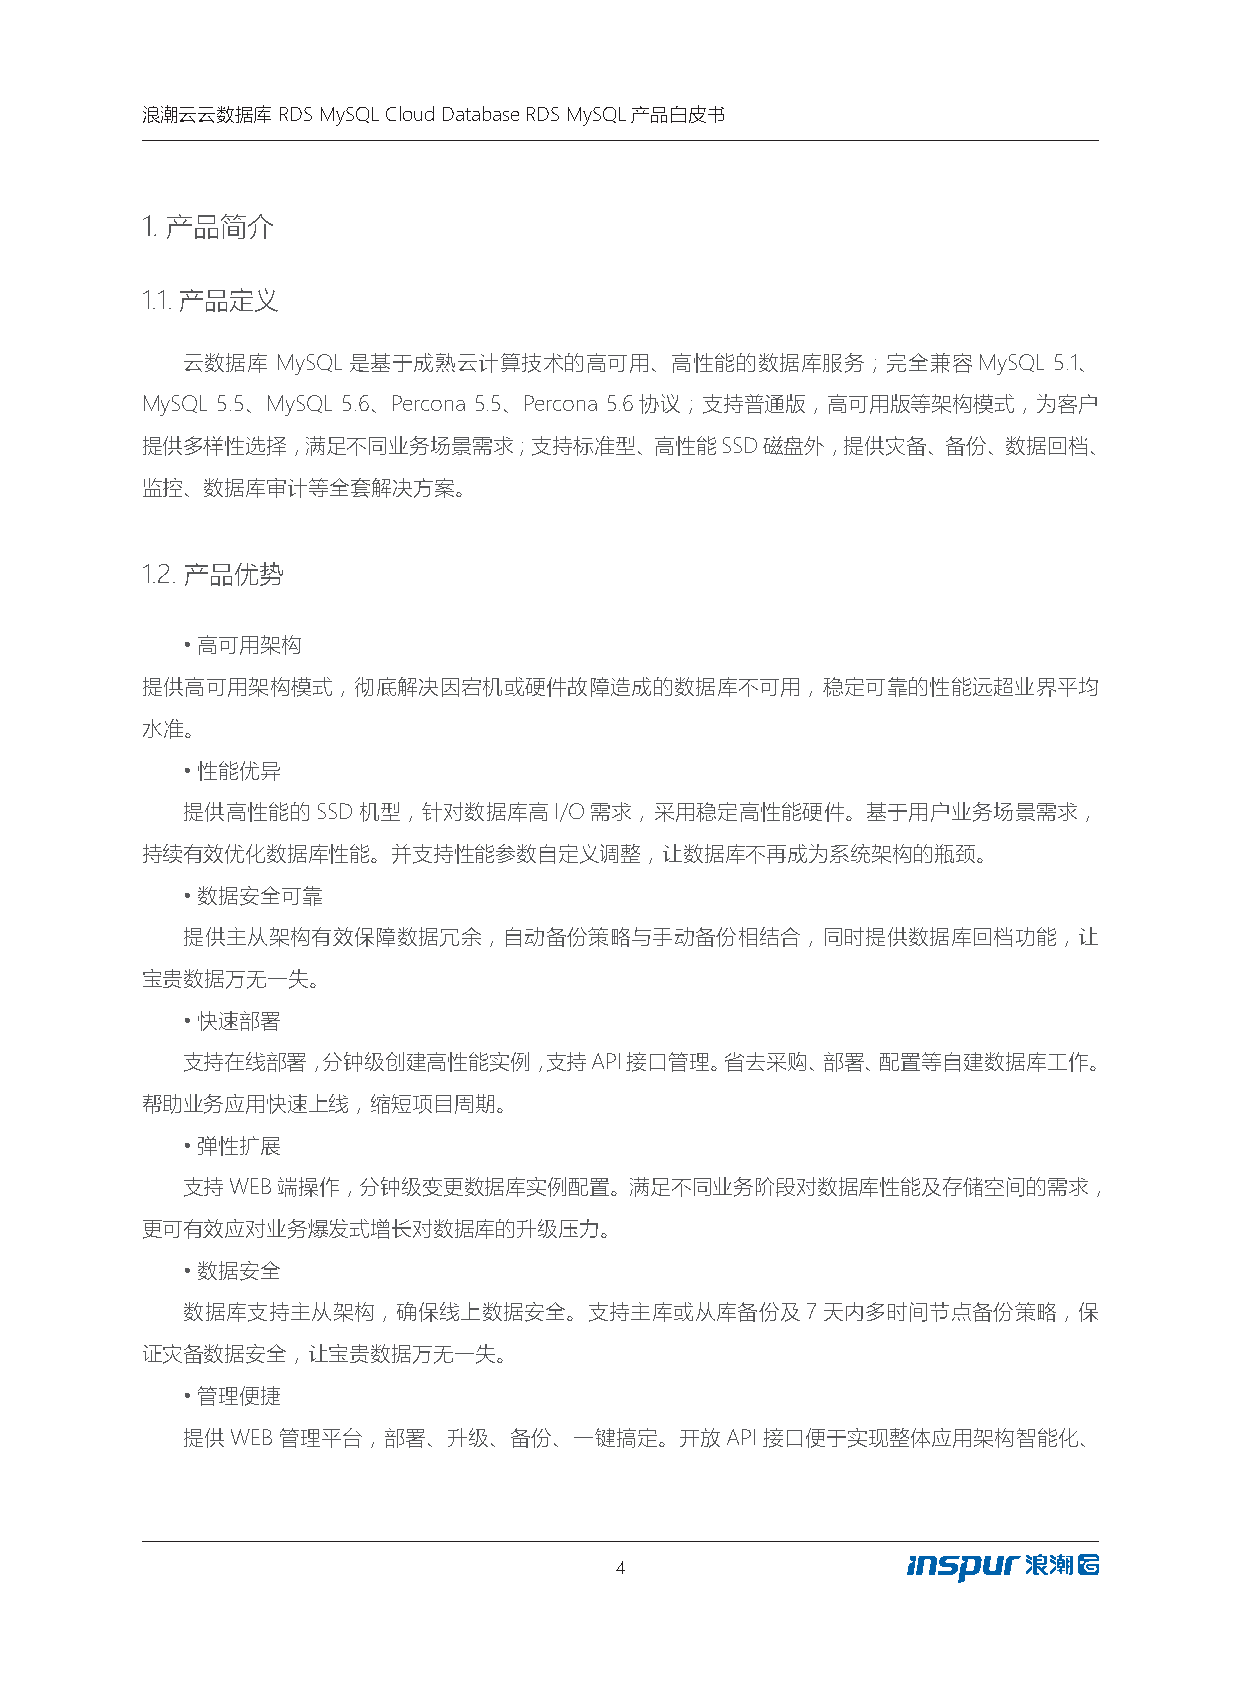
浪潮云云数据库  RDS MySQL Cloud Database RDS MySQL产品白皮书
 1. 产品简介
 1.1.产品定义
 云数据库  MySQL是基于成熟云计算技术的高可用、高性能的数据库服务；完全兼容MySQL             5.1、
 MySQL 5.5、MySQL 5.6、Percona 5.5、Percona 5.6协议；支持普通版，高可用版等架构模式，为客户
 提供多样性选择，满足不同业务场景需求；支持标准型、高性能SSD磁盘外，提供灾备、备份、数据回档、
 监控、数据库审计等全套解决方案。
 1.2.产品优势
 •高可用架构
 提供高可用架构模式，彻底解决因宕机或硬件故障造成的数据库不可用，稳定可靠的性能远超业界平均
 水准。
 •性能优异
 提供高性能的SSD机型，针对数据库高I/O需求，采用稳定高性能硬件。基于用户业务场景需求，
 持续有效优化数据库性能。并支持性能参数自定义调整，让数据库不再成为系统架构的瓶颈。
 •数据安全可靠
 提供主从架构有效保障数据冗余，自动备份策略与手动备份相结合，同时提供数据库回档功能，让
 宝贵数据万无一失。
 •快速部署
 支持在线部署，分钟级创建高性能实例，支持API接口管理。省去采购、部署、配置等自建数据库工作。
 帮助业务应用快速上线，缩短项目周期。
 •弹性扩展
 支持WEB端操作，分钟级变更数据库实例配置。满足不同业务阶段对数据库性能及存储空间的需求，
 更可有效应对业务爆发式增长对数据库的升级压力。
 •数据安全
 数据库支持主从架构，确保线上数据安全。支持主库或从库备份及7天内多时间节点备份策略，保
 证灾备数据安全，让宝贵数据万无一失。
 •管理便捷
 提供WEB管理平台，部署、升级、备份、一键搞定。开放API接口便于实现整体应用架构智能化、
 4